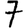
Digit: 7